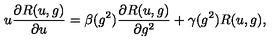
u \frac { \partial R ( u , g ) } { \partial u } = \beta ( g ^ { 2 } ) \frac { \partial R ( u , g ) } { \partial g ^ { 2 } } + \gamma ( g ^ { 2 } ) R ( u , g ) ,